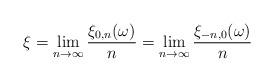
LaTeX: \begin{align*}\xi = \lim_{n\to\infty} \frac{\xi_{0,n}(\omega)} n = \lim_{n\to \infty} \frac{\xi_{-n,0}(\omega)} n \end{align*}